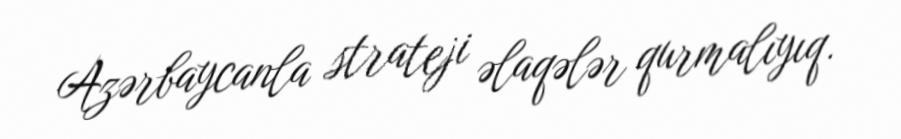
Azərbaycanla strateji əlaqələr qurmalıyıq.